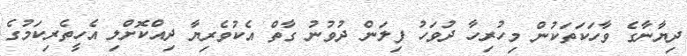
ދިޔާނާގެ ވާހަކަތަކުން މިހުރިހާ ދުވަހު ފިލަން ދުވުނު ގާތް އެކުވެރިޔާ ދިއްކޮށްލި އެހީތެރިކަމުގެ